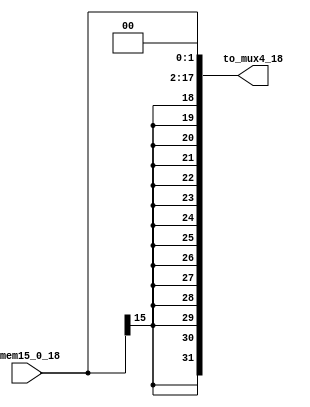
`timescale 1ns / 1ps
//////////////////////////////////////////////////////////////////////////////////
// Company: 
// Engineer: 
// 
// Design Name: 
// Module Name: Ext18
// Project Name: 
// Target Devices: 
// Tool Versions: 
// Description: 
// 
// Dependencies: 
// 
// Revision:
// Revision 0.01 - File Created
// Additional Comments:
// 
//////////////////////////////////////////////////////////////////////////////////


module Ext18(
    input [15 : 0] imem15_0_18,
    output [31 : 0] to_mux4_18
    );
    assign to_mux4_18 = {{(14){imem15_0_18[15]}},imem15_0_18,2'b00};
endmodule